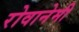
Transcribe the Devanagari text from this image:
रोवानेमी